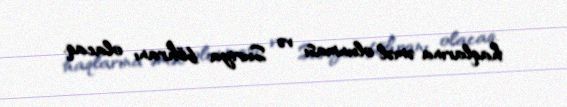
haqlarına əməl olunması və Suriya böhranı olacaq.